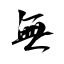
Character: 無